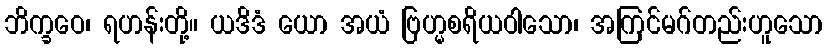
ဘိက္ခဝေ၊ ရဟန်းတို့။ ယဒိဒံ ယော အယံ ဗြဟ္မစရိယဝါသော၊ အကြင်မဂ်တည်းဟူသော